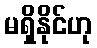
မရှိနိုင်ဟု